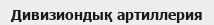
Дивизиондық артиллерия